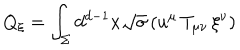
LaTeX: Q _ { \xi } = \int _ { \Sigma } d ^ { d - 1 } x \sqrt { \sigma } \, ( u ^ { \mu } \, T _ { \mu \nu } \, \xi ^ { \nu } )